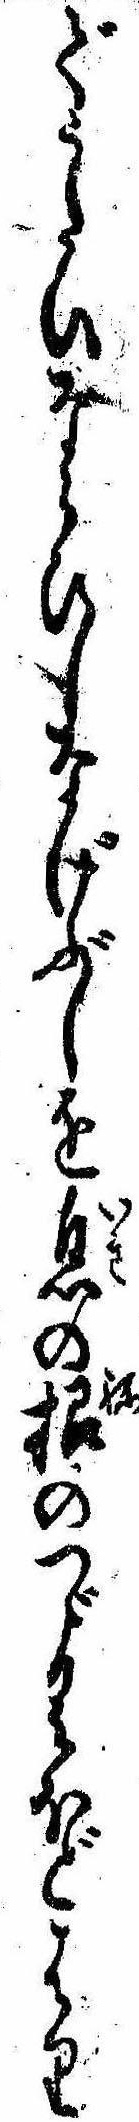
でうたひならひしなげぶしを息の根のつゞくほどはり